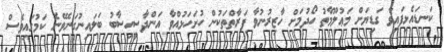
ކަނޑައެޅިފައިވާ ގަޑިޔަށް މަޢުލޫމާތު ހޯދުމަށް ހާޒިރުނުވާ ފަރާތްތަކުން ހުށަހަޅުއްވާ އަންދާސީހިސާބު ބަލައިނުގަނެވޭނެ ކަމުގައިވެސް